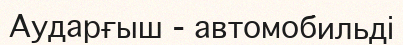
Аударғыш - автомобильді